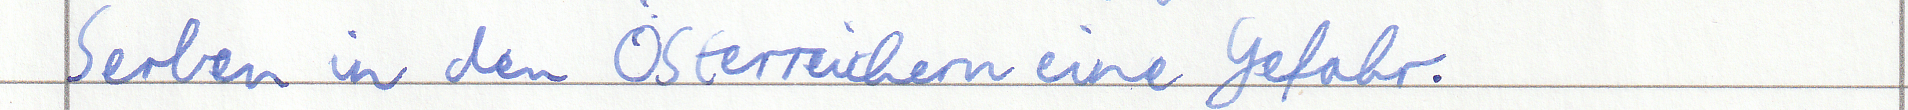
Serben in den Österreichern eine Gefahr.